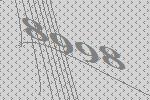
8998